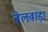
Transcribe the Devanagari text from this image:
बेलवाड़ा